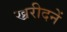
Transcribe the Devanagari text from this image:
ख्ररीदनें